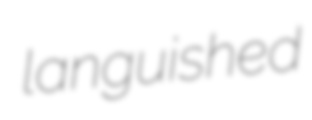
languished